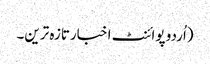
(اُردو پوائنٹ اخبارتازہ ترین۔